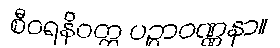
စီဝရနိဝတ္ထ ပဉ္ပာဝဏ္ဏနာ။